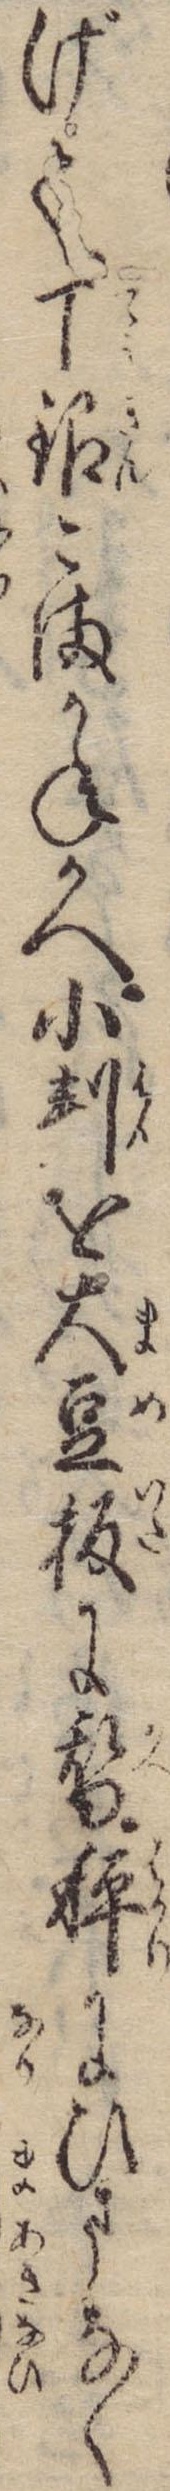
げて丁銀こまかねかへ小判を大豆板に替秤にひまなく